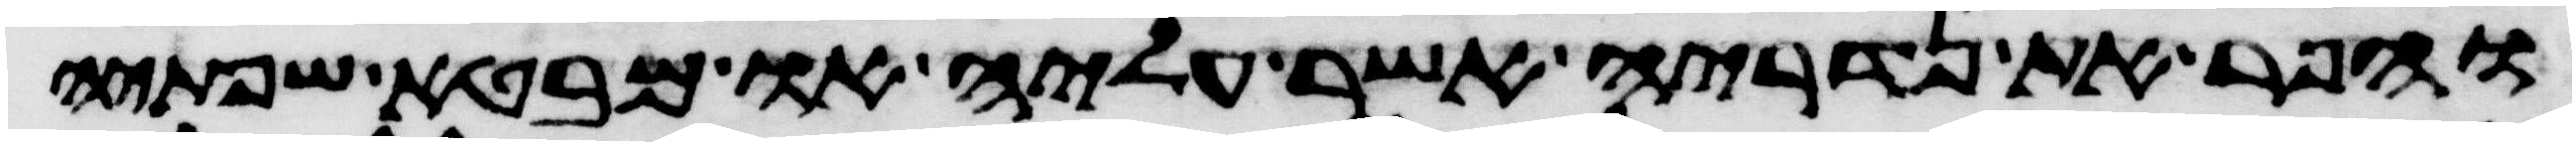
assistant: והפר את נדריה אשר עליה או מבטא שפתיה